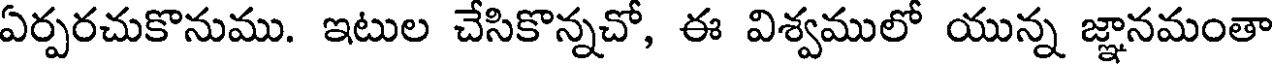
ఏర్పరచుకొనుము. ఇటుల చేసికొన్నచో, ఈ విశ్వములో యున్న జ్ఞానమంతా